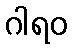
ဂါရဝ